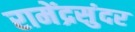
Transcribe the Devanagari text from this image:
रामेंद्रसुंदर